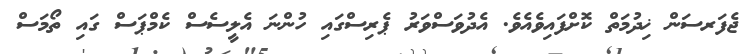
ޖެފަރސަން ޚިދުމަތް ކޮށްފައިވެއެވެ. އެދުވަސްވަރު ޕެރިސްގައި ހުންނަ އެލީސެސް ކެމްޕަސް ގައި ތޯމަސް